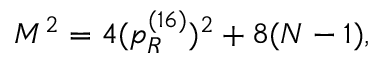
M ^ { 2 } = 4 ( p _ { R } ^ { ( 1 6 ) } ) ^ { 2 } + 8 ( N - 1 ) ,